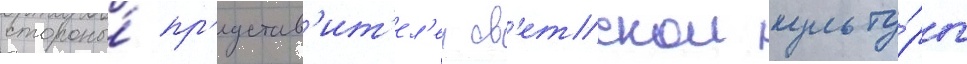
стороны́ пр'едстав'ит'ел'еи св'етскои культу́ры